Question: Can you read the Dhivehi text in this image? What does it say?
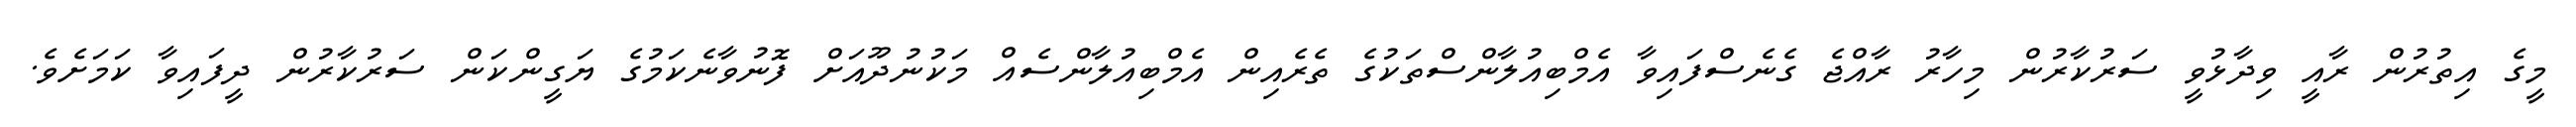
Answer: މީގެ އިތުރުން ރާއީ ވިދާޅުވީ ސަރުކާރުން މިހާރު ރާއްޖެ ގެނެސްފައިވާ އެމްބިއުލާންސްތަކުގެ ތެރެއިން އެމްބިއުލާންސެއް މަކުނުދޫއަށް ފޮނުވާނެކަމުގެ ޔަގީންކަން ސަރުކާރުން ދީފައިވާ ކަމަށެވެ.